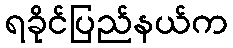
ရခိုင်ပြည်နယ်က